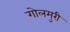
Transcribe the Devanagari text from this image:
गोलमुरी